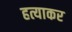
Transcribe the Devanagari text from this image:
हत्याकर